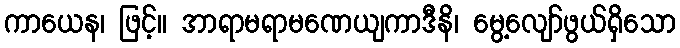
ကာယေန၊ ဖြင့်။ အာရာမရာမဏေယျကာဒီနိ၊ မွေ့လျော်ဖွယ်ရှိသော